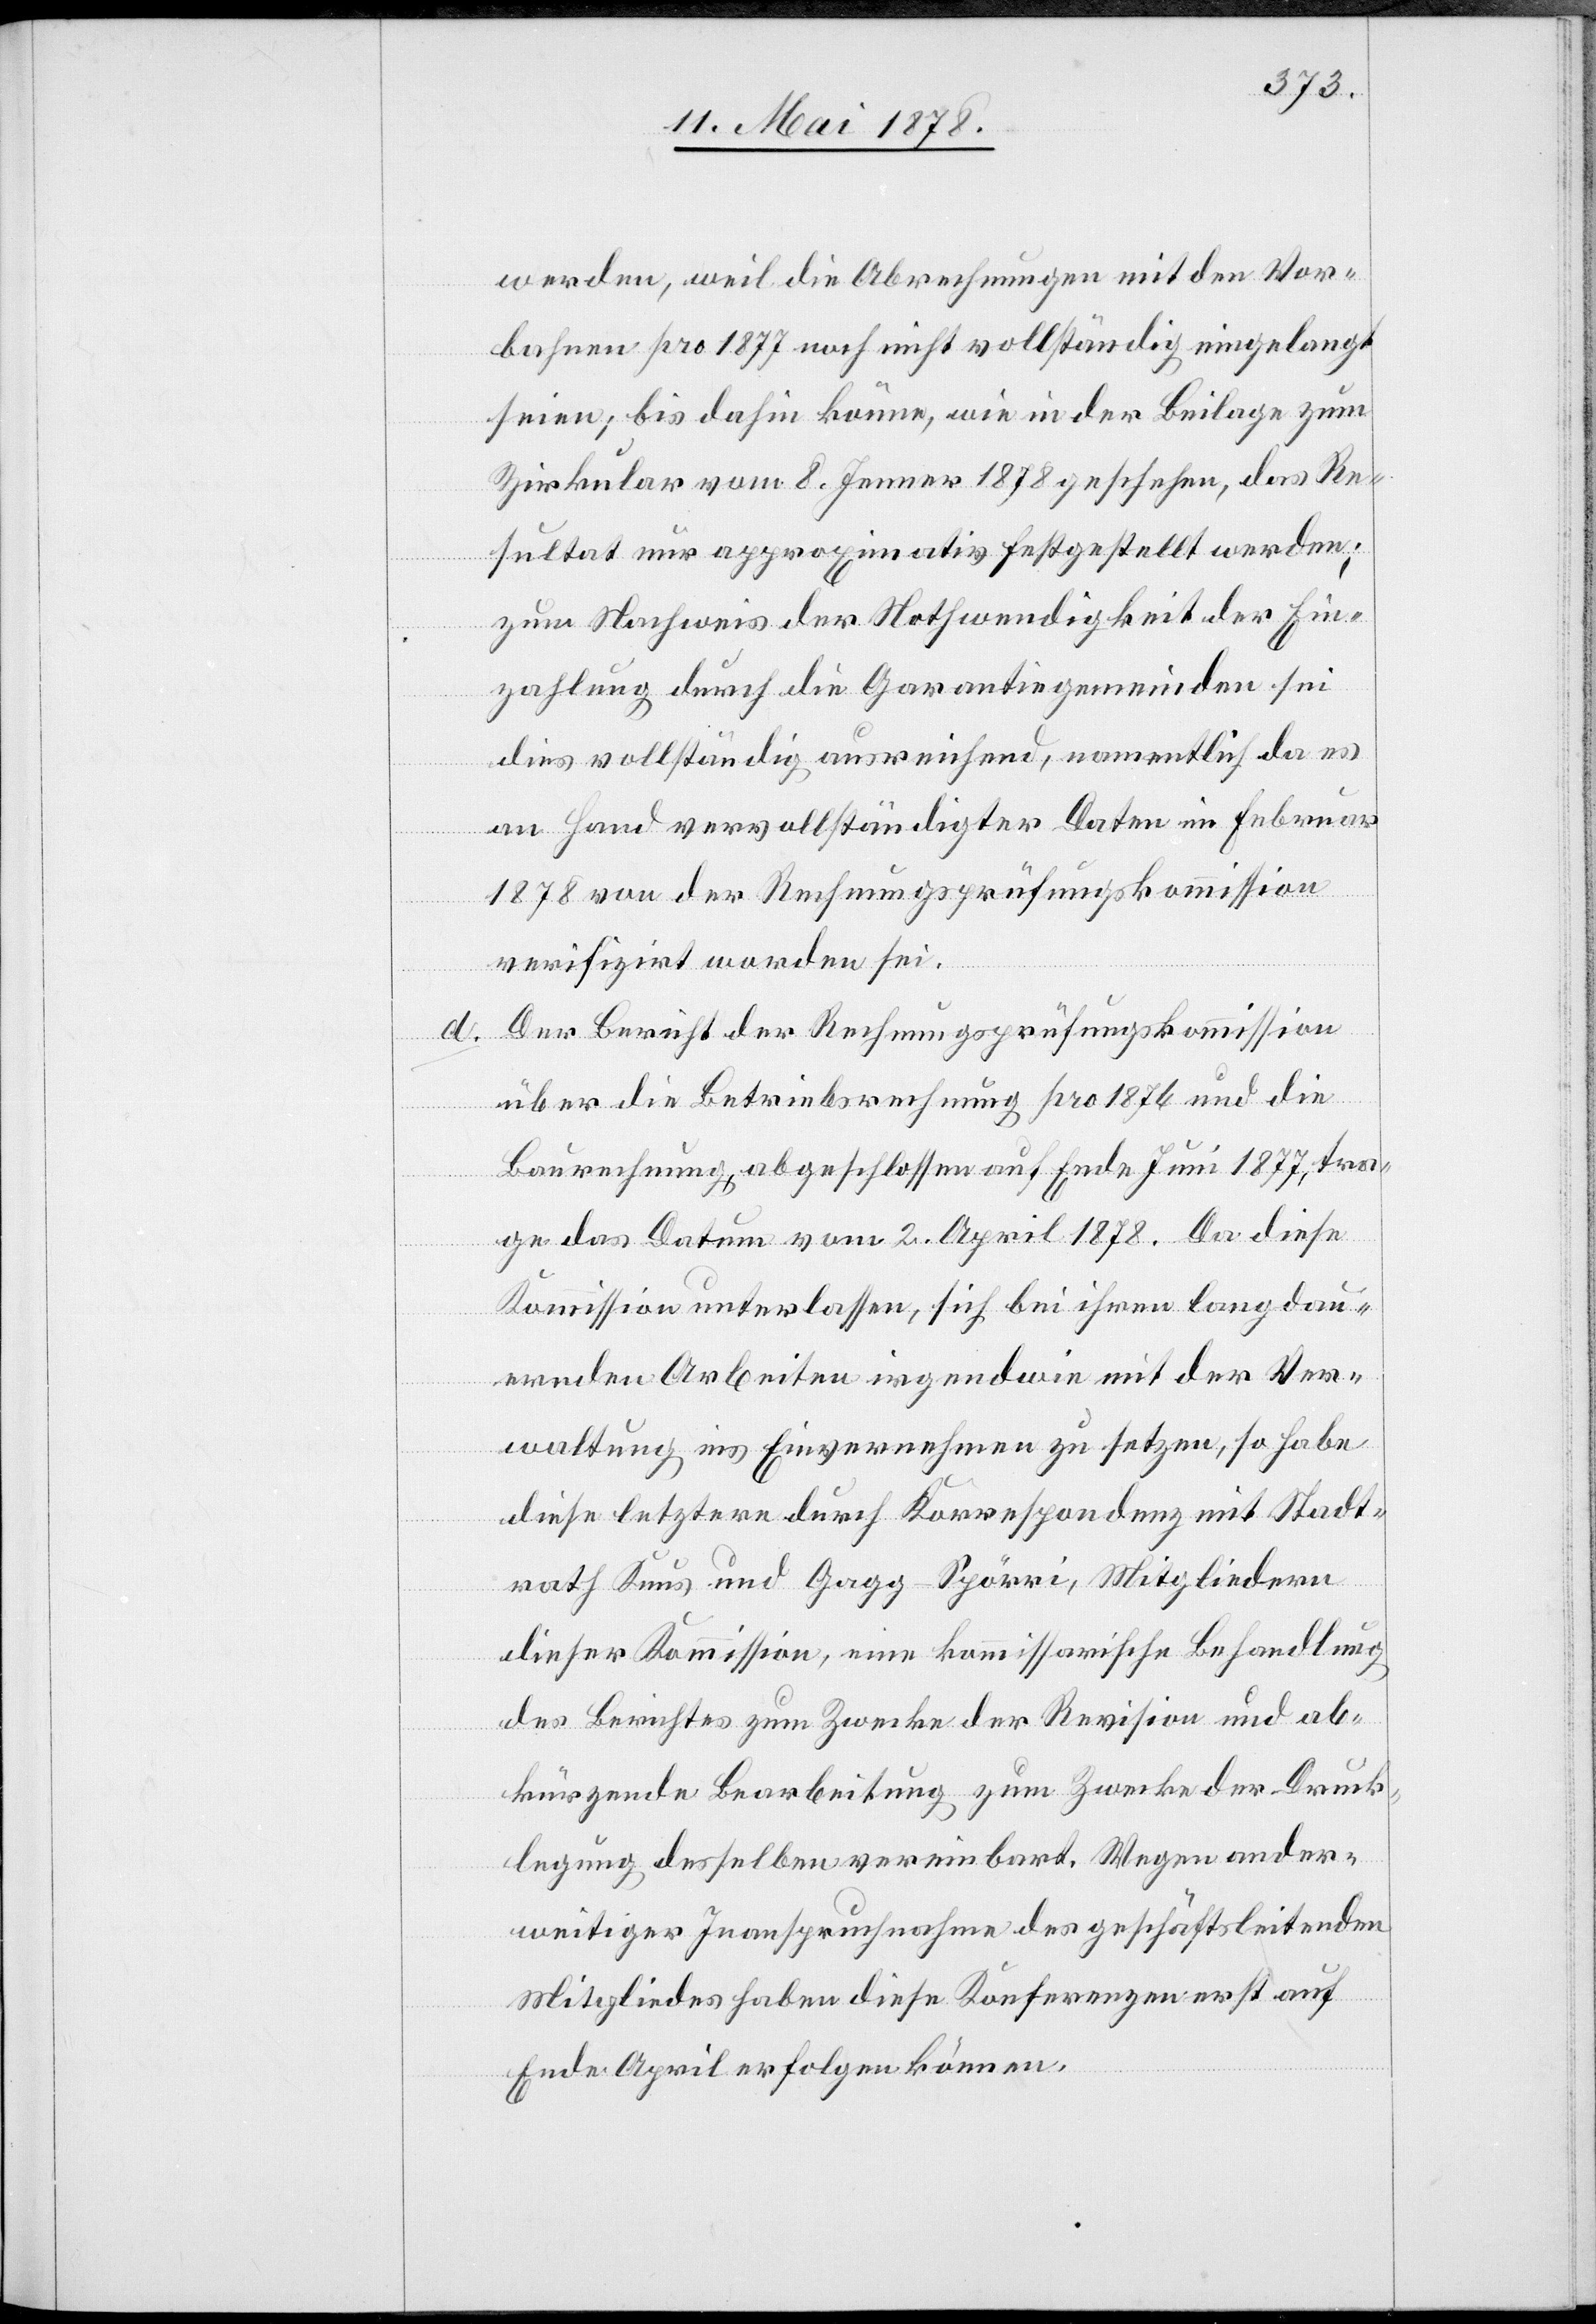
werden, weil die Abrechnungen mit den Vor¬
bahnen pro 1877 noch nicht vollständig eingelangt
seien; bis dahin könne, wie in der Beilage zum
Zirkular vom 8. Jenner 1878 geschehen, das Re¬
sultat nur approximativ festgestellt werden;
zum Nachweis der Nothwendigkeit der Ein¬
zahlung durch die Garantiegemeinden sei
dies vollständig ausreichend, namentlich da es
an Hand vervollständigter Daten im Februar
1878 von der Rechnungsprüfungskommission
verifizirt worden sei.
Der Bericht der Rechnungsprüfungskommission
über die Betriebsrechnung pro 1876 und die
Baurechnung abgeschlossen auf Ende Juni 1877, tra¬
ge das Datum vom 2. April 1878. Da diese
Kommission unterlassen, sich bei ihren langdau¬
ernden Arbeiten irgendwie mit der Ver¬
waltung ins Einvernehmen zu setzen, so habe
diese letztere durch Korrespondenz mit Stadt¬
rath Knus und Gagg-Spörri, Mitgliedern
dieser Kommission, eine kommissarische Behandlung
des Berichtes zum Zwecke der Revision und ab¬
kürzende Bearbeitung zum Zwecke der Druck¬
legung desselben vereinbart. Wegen ander¬
weitiger Inanspruchnahme des geschäftsleitenden
Mitgliedes haben diese Konferenzen erst auf
Ende April erfolgen können.